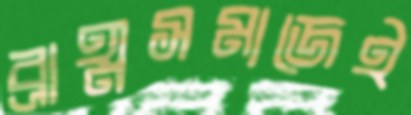
ব্রাহ্মসমাজেই